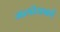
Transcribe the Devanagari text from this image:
जलीयकों